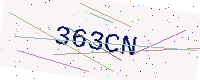
Text: 363CN